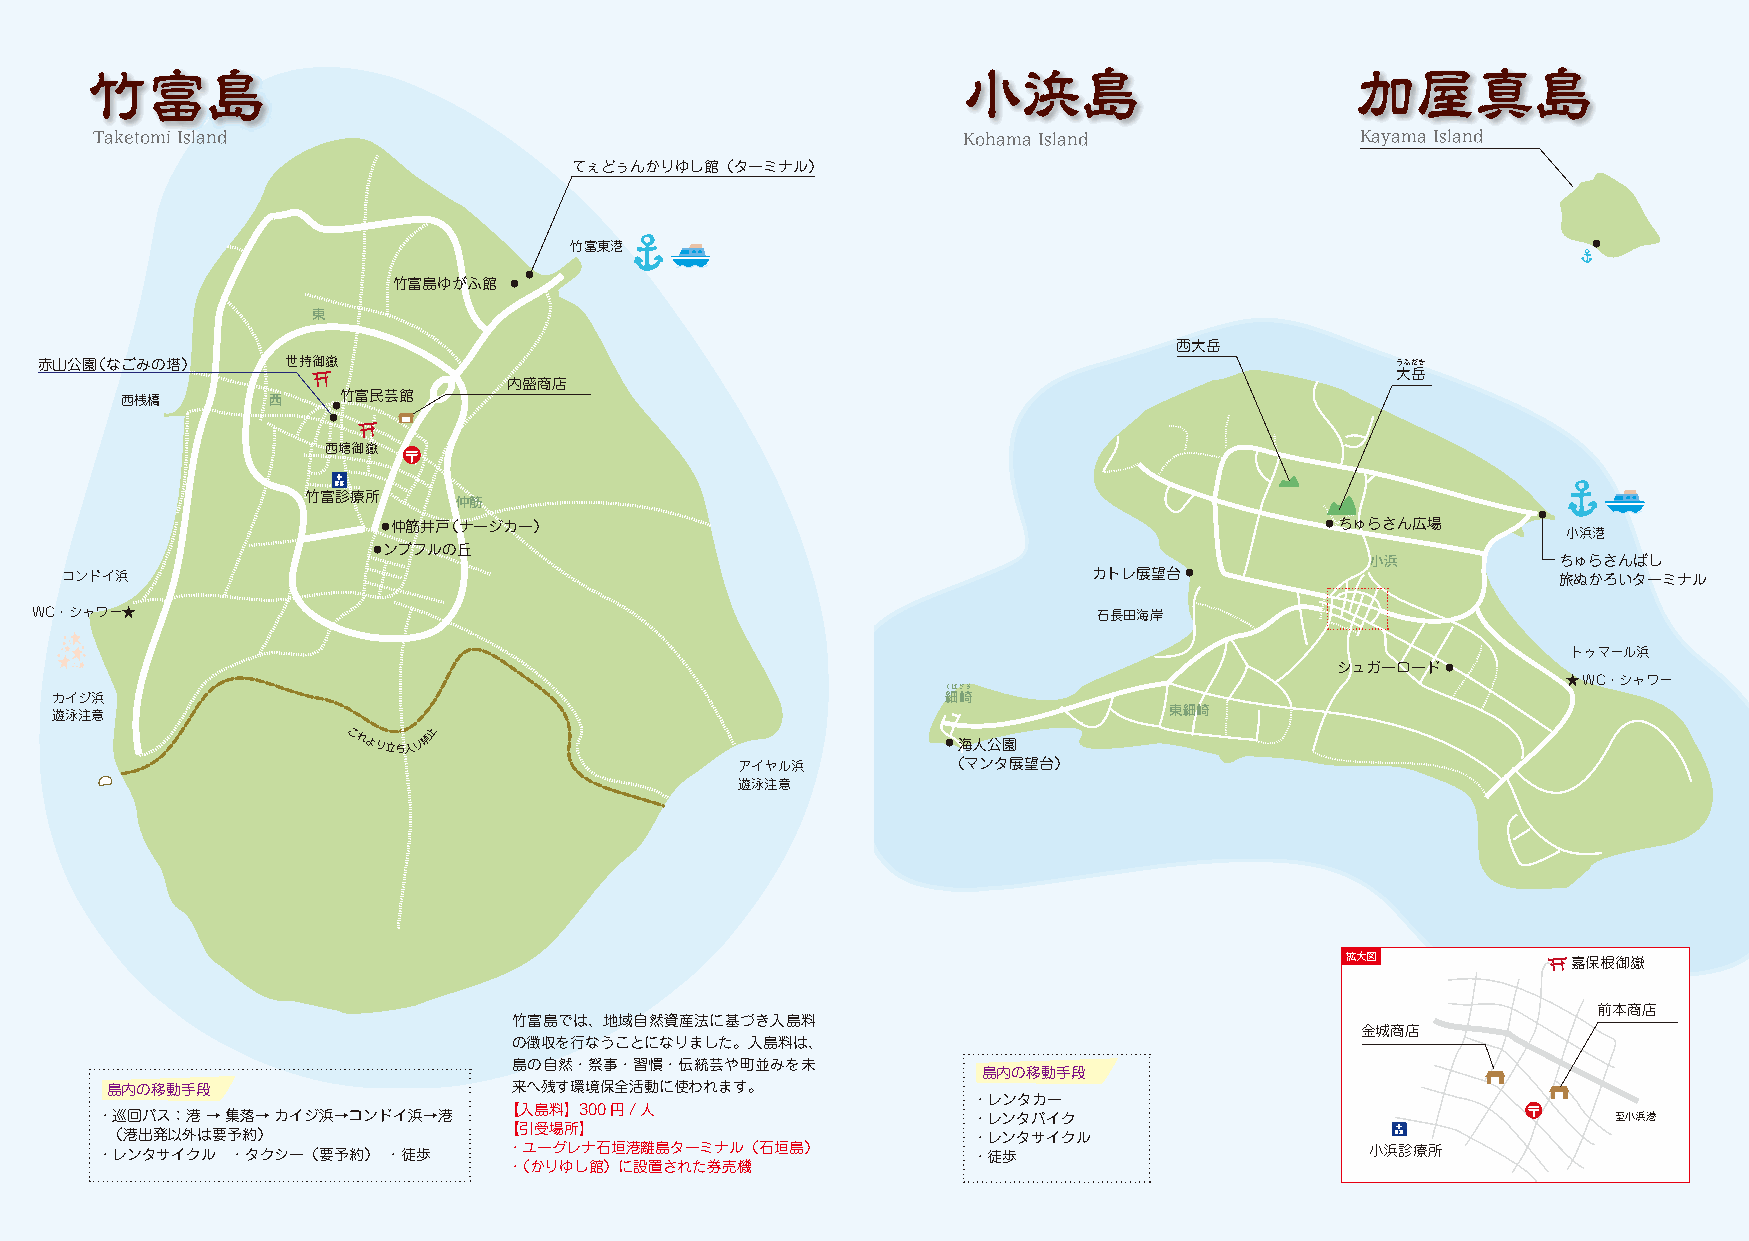
竹富島                                                       小浜島                       加屋真島
 Taketomi Island                                           Kohama Island             Kayama Island
 てぇどぅんかりゆし館（ターミナル）
 竹富東港                                                               ●
 ●
 竹富島ゆがふ館 ●
 東
 西大岳
 赤山公園（なごみの塔）     世持御嶽                                                                     うふだき
 大岳
 内盛商店
 西桟橋       西   竹富民芸館
 ●
 ●
 西塘御嶽
 竹富診療所
 仲筋
 ●仲筋井戸（ナージカー）                                                   ●ちゅらさん広場      ●
 小浜港
 ●ンブフルの丘
 小浜          ちゅらさんばし
 コンドイ浜                                                               カトレ展望台●                        旅ぬかろいターミナル
 WC・シャワー★                                                               石長田海岸
 トゥマール浜
 シュガーロード●
 ★WC・シャワー
 くばざき
 カイジ浜                                                        細崎
 遊泳注意                                                                      東細崎
 これより立ち入り禁止
 ●海人公園
 アイヤル浜         （マンタ展望台）
 遊泳注意
 拡大図            嘉保根御嶽
 前本商店
 竹富島では、地域自然資産法に基づき入島料
 金城商店
 の徴収を行なうことになりました。入島料は、
 島の自然・祭事・習慣・伝統芸や町並みを未
 島内の移動手段
 島内の移動手段                    来へ残す環境保全活動に使われます。
 ・レンタカー
 【入島料】300円/人
 ・巡回バス：港 → 集落→ カイジ浜→コンドイ浜→港                               ・レンタバイク                                    至小浜港
 【引受場所】
 （港出発以外は要予約）                                              ・レンタサイクル
 ・レンタサイクル ・タクシー（要予約） ・徒歩    ・ユーグレナ石垣港離島ターミナル（石垣島）         ・徒歩                        小浜診療所
 ・（かりゆし館）に設置された券売機